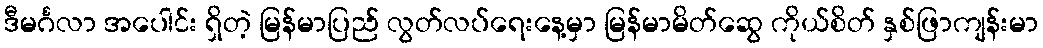
ဒီမင်္ဂလာ အပေါင်း ရှိတဲ့ မြန်မာပြည် လွတ်လပ်ရေးနေ့မှာ မြန်မာမိတ်ဆွေ ကိုယ်စိတ် နှစ်ဖြာကျန်းမာ